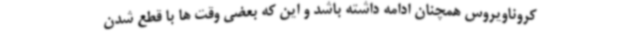
کروناویروس همچنان ادامه داشته باشد و این که بعضی وقت ها با قطع شدن